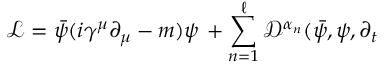
\mathcal { L } = \bar { \psi } ( i \gamma ^ { \mu } \partial _ { \mu } - m ) \psi \, + \sum _ { n = 1 } ^ { \ell } \mathcal { D } ^ { \alpha _ { n } } ( \bar { \psi } , \psi , \partial _ { t }